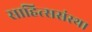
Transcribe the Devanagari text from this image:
साहित्ससंस्था